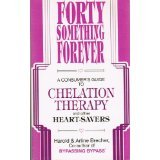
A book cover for Forty Something Forever: A Consumer's Guide to Chelation Therapy and Other Heaart-savers; Health, Fitness & Dieting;